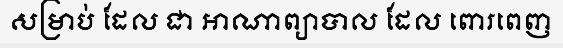
សម្រាប់ ដែល ជា អាណាព្យាបាល ដែល ពោរពេញ